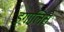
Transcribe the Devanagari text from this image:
इगालिते